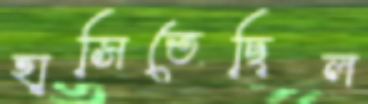
হাসিতেছিল